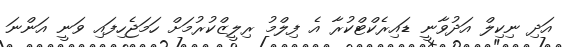
އަދި ނިކިލް އަދުވާނީ ޑައިރެކްޓްކުރާ އެ ފިލްމު ރިލީޒްކުރުމަށް ހަމަޖެހިފައި ވަނީ އަންނަ